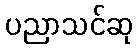
ပညာသင်ဆု